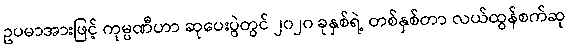
ဥပမာအားဖြင့် ကုမ္ပဏီဟာ ဆုပေးပွဲတွင် ၂၀၂၀ ခုနှစ်ရဲ့ တစ်နှစ်တာ လယ်ထွန်စက်ဆု